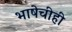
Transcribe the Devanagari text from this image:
भाषेचीही